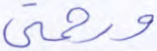
ورحمتي